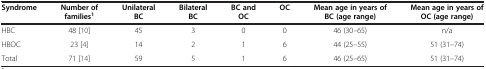
| Syndrome | Number of families1 | Unilateral BC | Bilateral BC | BC and OC | OC | Mean age in years of BC (age range) | Mean age in years of OC (age range) |
 | --- | --- | --- | --- | --- | --- | --- | --- |
 | HBC | 48[10] | 45 | 3 | 0 | 0 | 46 (30–65) | n/a |
 | HBOC | 23[4] | 14 | 2 | 1 | 6 | 44 (25–55) | 51 (31–74) |
 | Total | 71[14] | 59 | 5 | 1 | 6 | 46 (25–65) | 51 (31–74) |